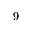
9